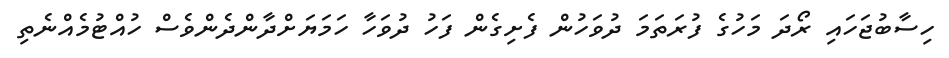
ހިސާބުޖަހައި ރޯދަ މަހުގެ ފުރަތަމަ ދުވަހުން ފެށިގެން ފަހު ދުވަހާ ހަމަޔަށްދާންދެންވެސް ހުއްޓުމެއްނެތި